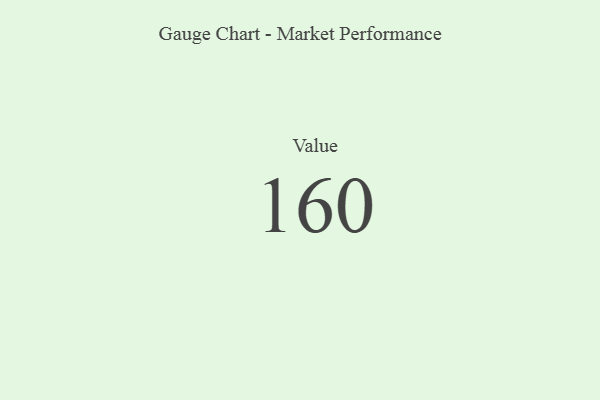
{"axis": {"x": "Metric", "y": "Value"}, "legend": [""], "data": [{"x": "Value", "y": 160, "type": ""}]}